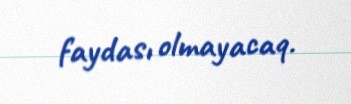
faydası olmayacaq.